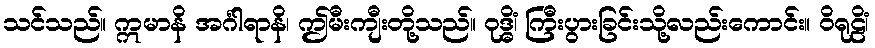
သင်သည်။ ဣမာနိ အင်္ဂါရာနိ၊ ဤမီးကျီးတို့သည်။ ဝုဒ္ဓိံ၊ ကြီးပွားခြင်းသို့လည်းကောင်း။ ဝိရုဠိံ၊